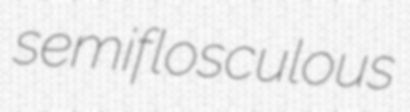
semiflosculous